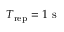
T _ { \mathrm { r e p } } = 1 ~ \mathrm { s }